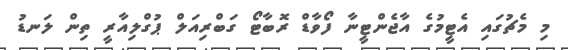
މި މެޗުގައި އެޓީމުގެ އާޖެންޓީނާ ފޯވާޑް ރޮބާޓޯ ގަބްރިއަލް ޕުގްލިއާރީ ތިން ލަނޑު